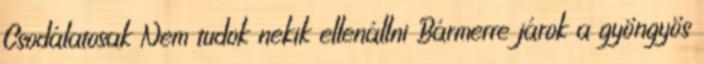
Csodálatosak Nem tudok nekik ellenállni Bármerre járok a gyöngyös